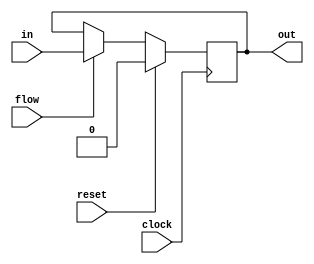
// This program was cloned from: https://github.com/stanford-ppl/spatial-lang
// License: MIT License

module RetimeShiftRegister
#(
    parameter WIDTH = 1,
    parameter STAGES = 1)
(
    input clock,
    input reset,
    input flow,
    input [WIDTH-1:0] in,
    output reg [WIDTH-1:0] out
);
  integer i;
  reg [WIDTH-1:0] sr[0:STAGES]; // Create 'STAGES' number of register, each 'WIDTH' bits wide

   /* synopsys dc_tcl_script_begin
    set_ungroup [current_design] true
    set_flatten true -effort high -phase true -design [current_design]
    set_dont_retime [current_design] false
    set_optimize_registers true -design [current_design]
    */
  always @(posedge clock) begin
    if (reset) begin
      for(i=0; i<STAGES; i=i+1) begin
        sr[i] <= {WIDTH{1'b0}};
      end
    end else begin
      if (flow) begin
        sr[0] <= in;
        for(i=1; i<STAGES; i=i+1) begin
          sr[i] <= sr[i-1];
        end
      end
    end
  end

  always @(*) begin
    out <= sr[STAGES-1];
  end
endmodule